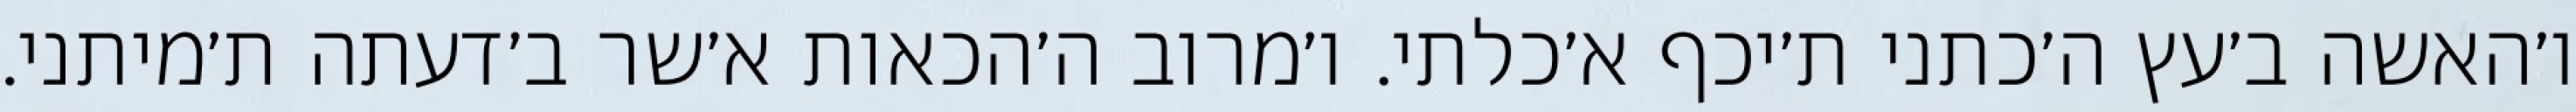
ו׳האשה ב׳עץ ה׳כתני ת׳יכף א׳כלתי. ו׳מרוב ה׳הכאות א׳שר ב׳דעתה ת׳מיתני.